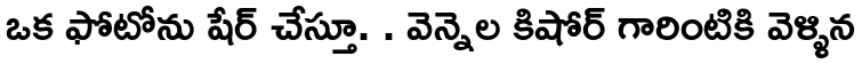
ఒక ఫోటోను షేర్ చేస్తూ. . వెన్నెల కిషోర్ గారింటికి వెళ్ళిన